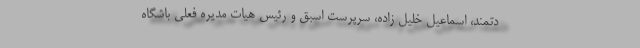
دتمند، اسماعیل خلیل زاده، سرپرست اسبق و رئیس هیات مدیره فعلی باشگاه